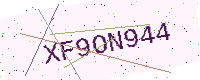
Text: XF9ON944